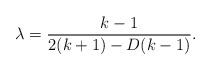
\begin{align*}\lambda = \frac{k-1}{2(k+1)-D(k-1)}.\end{align*}